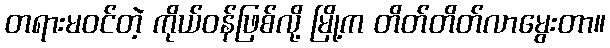
တရားမဝင်တဲ့ ကိုယ်ဝန်ဖြစ်လို့ မြို့က တိတ်တိတ်လာမွေးတာ။